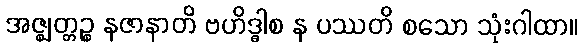
အဇ္ဈတ္တဉ္စ နဇာနာတိ ဗဟိဒ္ဓါစ န ပဿတိ စသော သုံးဂါထာ။